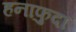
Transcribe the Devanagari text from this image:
हनाफुदा